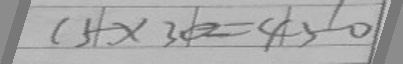
1 5 \times 3 0 = 4 5 0